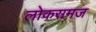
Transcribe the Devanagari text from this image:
लोकसमज